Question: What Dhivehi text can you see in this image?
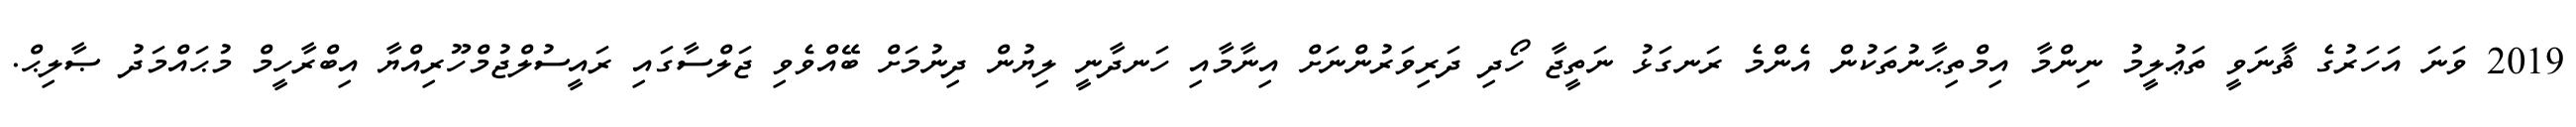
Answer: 2019 ވަނަ އަހަރުގެ ޘާނަވީ ތަޢުލީމު ނިންމާ އިމްތިޙާނުތަކުން އެންމެ ރަނގަޅު ނަތީޖާ ހޯދި ދަރިވަރުންނަށް އިނާމާއި ހަނދާނީ ލިޔުން ދިނުމަށް ބޭއްވެވި ޖަލްސާގައި ރައީސުލްޖުމްހޫރިއްޔާ އިބްރާހީމް މުޙައްމަދު ޞާލިޙް.